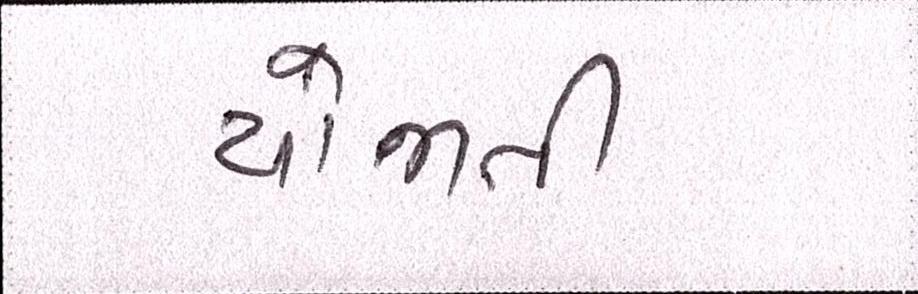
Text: યોજાતી